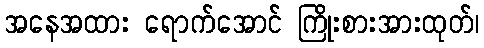
အနေအထား ရောက်အောင် ကြိုးစားအားထုတ်၊